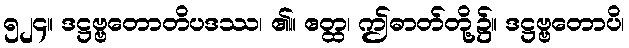
၅၂၄။ ဒဋ္ဌဗ္ဗတောတိပဒဿ၊ ၏။ ဧတ္ထ၊ ဤဓာတ်တို့၌။ ဒဋ္ဌဗ္ဗတောပိ၊